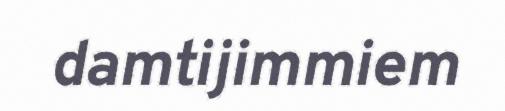
damtijimmiem